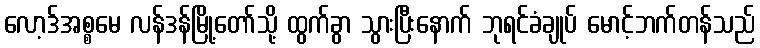
လော့ဒ်အစ္စမေ လန်ဒန်မြို့တော်သို့ ထွက်ခွာ သွားပြီးနောက် ဘုရင်ခံချုပ် မောင့်ဘက်တန်သည်